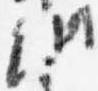
納